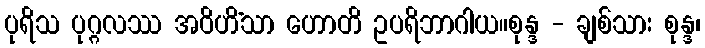
ပုရိသ ပုဂ္ဂလဿ အဝိဟိံသာ ဟောတိ ဥပရိဘာဂါယ။စုန္ဒ - ချစ်သား စုန္ဒ၊